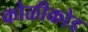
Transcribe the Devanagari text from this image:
कोळीकोड